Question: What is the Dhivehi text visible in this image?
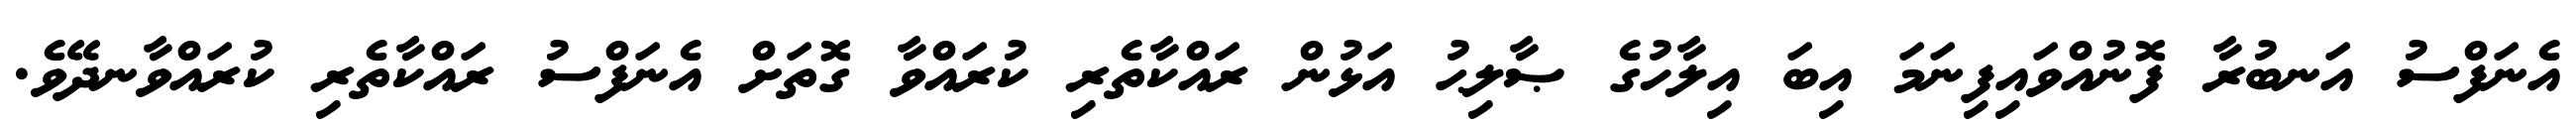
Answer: އެނަފްސު އަނބުރާ ފޮނުއްވައިފިނަމަ އިބަ އިލާހުގެ ޞާލިޙު އަޅުން ރައްކާތެރި ކުރައްވާ ގޮތަށް އެނަފްސު ރައްކާތެރި ކުރައްވާނދޭވެ.